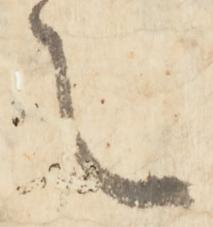
之